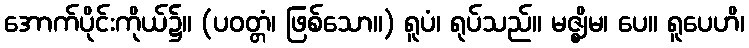
အောက်ပိုင်းကိုယ်၌။ (ပဝတ္တံ၊ ဖြစ်သော။) ရူပံ၊ ရုပ်သည်။ မဇ္ဈိမ၊ ပေ။ ရူပေဟိ၊